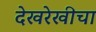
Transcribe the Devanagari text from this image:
देखरेखीचा